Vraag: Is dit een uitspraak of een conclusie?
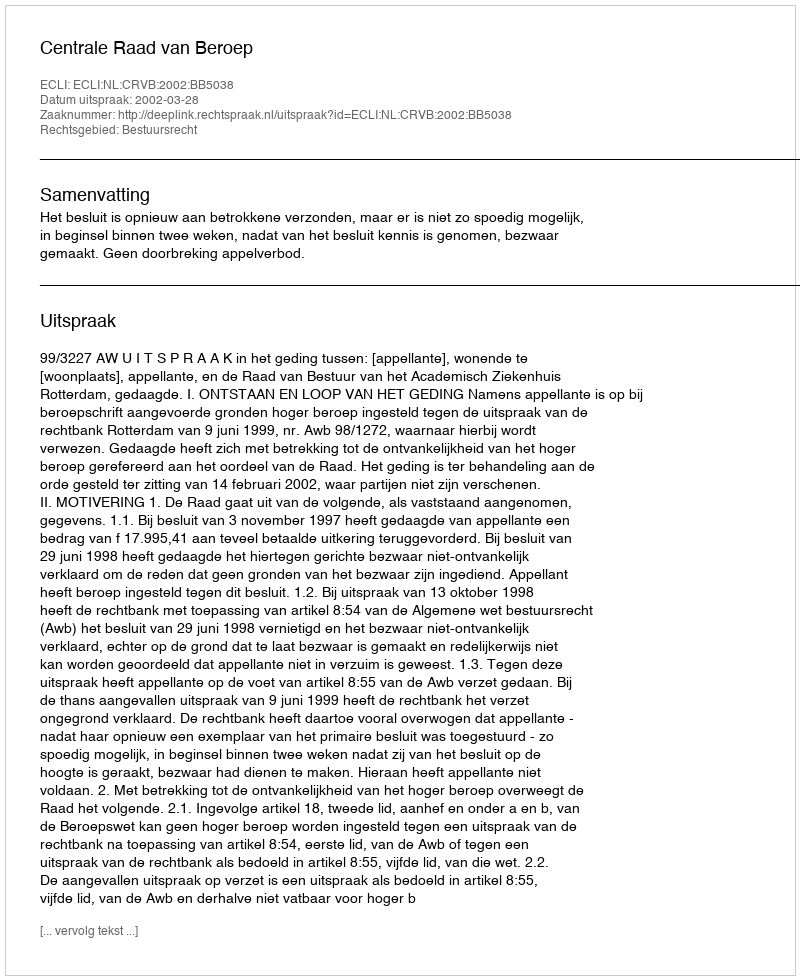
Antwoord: Uitspraak